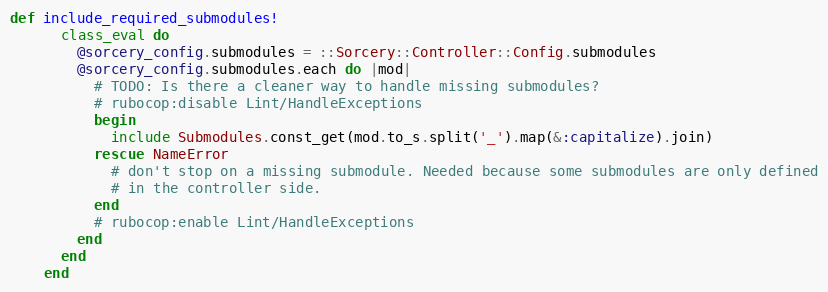
Language: Ruby
def include_required_submodules!
      class_eval do
        @sorcery_config.submodules = ::Sorcery::Controller::Config.submodules
        @sorcery_config.submodules.each do |mod|
          # TODO: Is there a cleaner way to handle missing submodules?
          # rubocop:disable Lint/HandleExceptions
          begin
            include Submodules.const_get(mod.to_s.split('_').map(&:capitalize).join)
          rescue NameError
            # don't stop on a missing submodule. Needed because some submodules are only defined
            # in the controller side.
          end
          # rubocop:enable Lint/HandleExceptions
        end
      end
    end